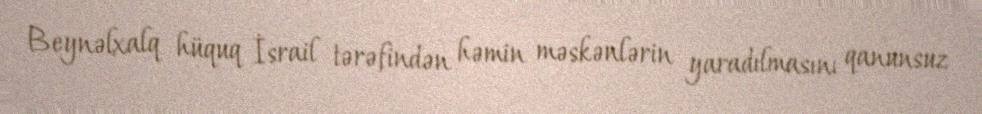
Beynəlxalq hüquq İsrail tərəfindən həmin məskənlərin yaradılmasını qanunsuz